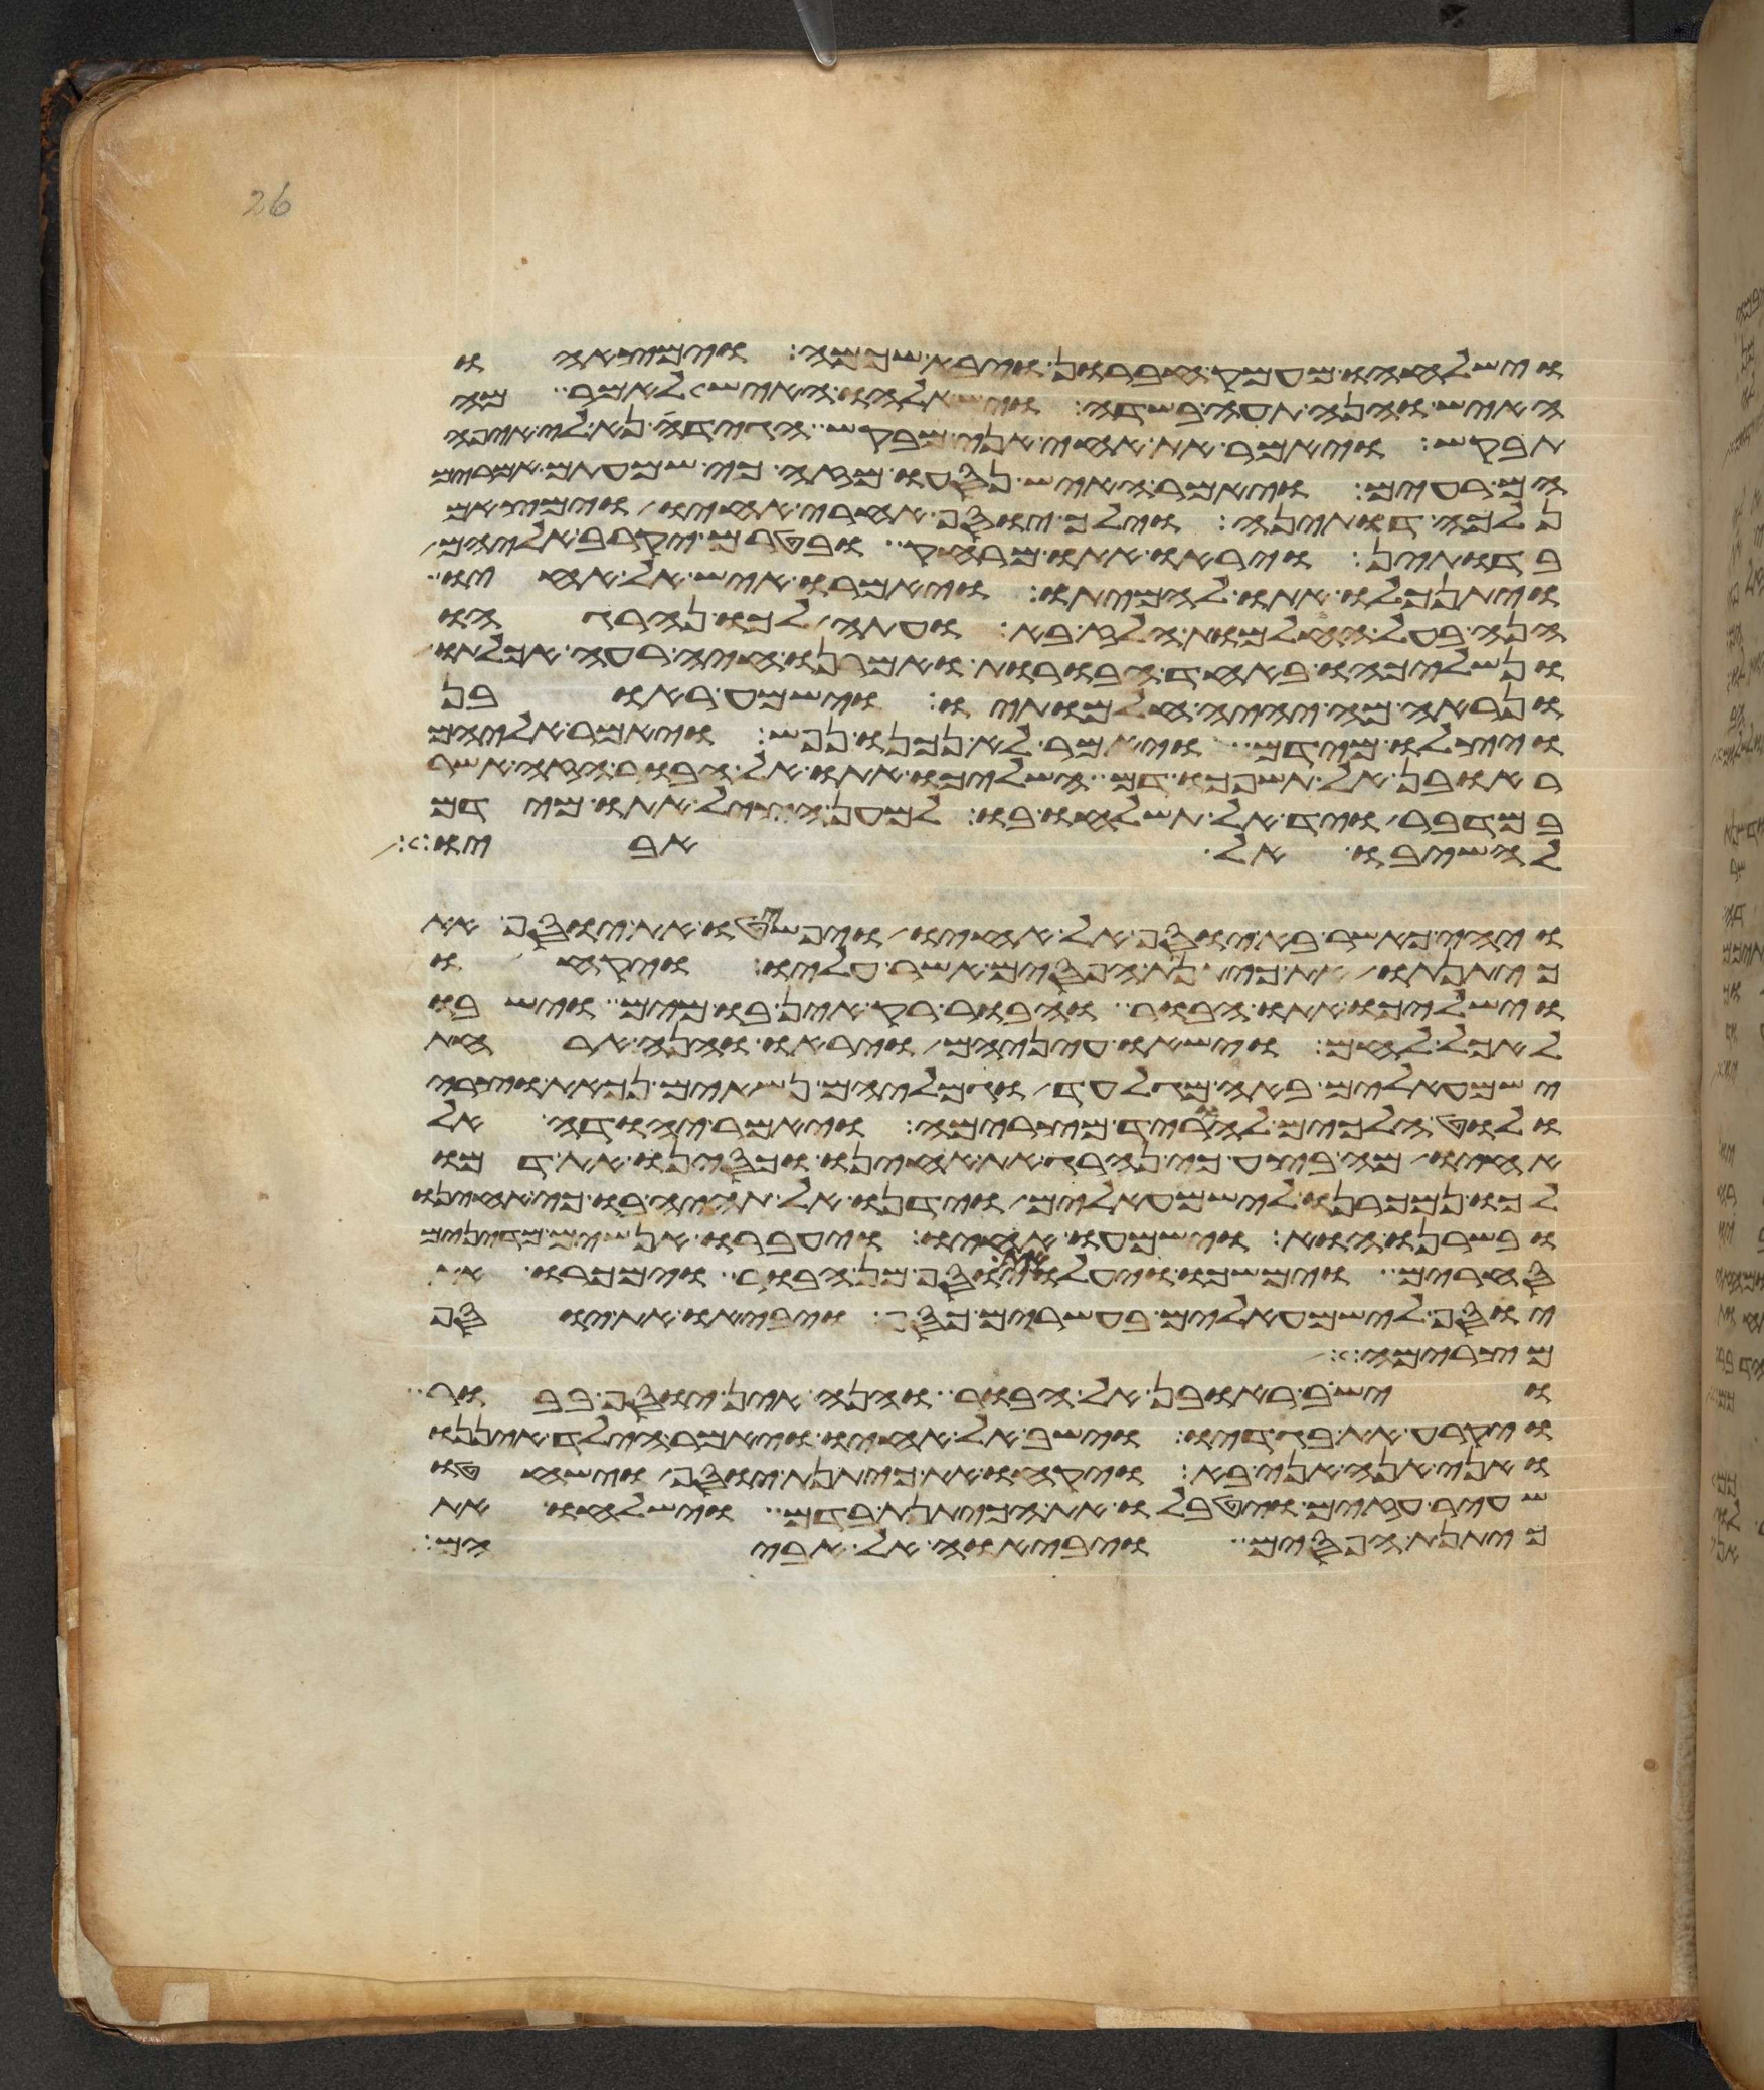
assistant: וישלחהו מעמק חברון ויבא שכמה וימצאהו
האיש והנה תעה בשדה וישאלהו האיש לאמר מה
תבקש ויאמר את אחי אני מבקש הגידה נא לי איפה
הם רעים ויאמר האיש נסעו מזה כי שמעתים אמרים
נלכה דותינה וילך יוסף אחרי אחיו וימצאם
בדותין ויראו אתו מרחק בטרם יקרב אליהם
ויתנכלו אתו להמיתו ויאמרו איש אל אחיו
הנה בעל החלמות הלז בא ועתה לכו ונהרגהו
ונשליכהו באחד הבורות ואמרנו חיה רעה אכלתו
ונראה מה יהיה חלמתיו וישמע ראובן
ויצלו מידם ויאמר לא נכנו נפש ויאמר אליהם
ראובן אל תשפכו דם השליכו אתו אל הבור הזה אשר
במדבר ויד אל תשלחו בו למען הציל אתו מידם
להשיבו אל אביו
ויהי כאשר בא יוסף אל אחיו ויפשטו את יוסף את
כיתנתו את כיתנת הפסים אשר עליו ויקחו
וישלכו אתו הבור והבור ריק אין בו מים וישבו
לאכל לחם וישאו עיניהם ויראו והנה ארחת
ישמעאלים באה מגלעד וגמליהם נשאים נכאת וצרי
ולוט הלכים להוריד מצרימה ויאמר יהודה אל
אחיו מה בצע כי נהרג את אחינו וכסינו את דמו
לכו נמכרנו לישמעאלים וידנו אל תהיה בו כי אחינו
ובשרנו הוא וישמעו אחיו ויעברו אנשים מדינים
סחרים וימשכו ויעלו את יוסף מן הבור וימכרו את
יוסף לישמעאלים בעשרים כסף ויביאו את יוסף
מצרימה
וישב ראובן אל הבור והנה אין יוסף בבור
ויקרע את בגדיו וישב אל אחיו ויאמר הילד איננו
ואני הנה אני בא ויקחו את כיתנת יוסף וישחטו
שעיר עזים ויטבלו את הכיתנת בדם וישלחו את
כיתנת הפסים ויביאו אל אביהם